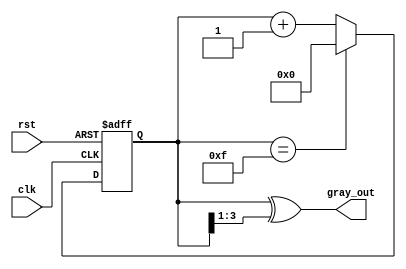
module gray_code_counter #(
    parameter N = 4  // Number of bits for the counter
)(
    input wire clk,          // Clock signal
    input wire rst,          // Reset signal
    output reg [N-1:0] gray_out // Gray code output
);

    reg [N-1:0] binary_count; // Register to hold the current binary count

    // Binary to Gray code conversion
    function [N-1:0] binary_to_gray;
        input [N-1:0] binary;
        begin
            binary_to_gray = binary ^ (binary >> 1);
        end
    endfunction

    // Always block for counting
    always @(posedge clk or posedge rst) begin
        if (rst) begin
            binary_count <= 0; // Initialize binary count to 0 on reset
        end else begin
            binary_count <= binary_count + 1; // Increment binary count
            if (binary_count == (1 << N) - 1) begin
                binary_count <= 0; // Wrap around if max count is reached
            end
        end
    end

    // Update Gray code output
    always @(*) begin
        gray_out = binary_to_gray(binary_count); // Convert binary to Gray code
    end

endmodule